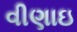
વીણાઇ